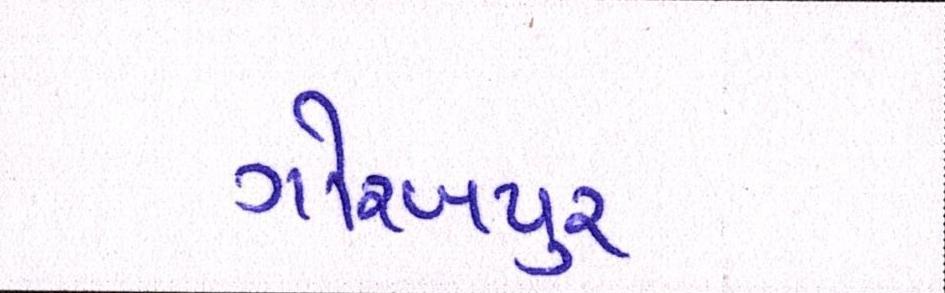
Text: ગોરખપુરઃ